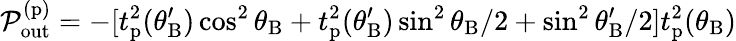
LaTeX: \mathcal{P}_{\mathrm{out}}^{(\mathrm{p})}=-[t_{\mathrm{p}}^{2}(\theta_{\mathrm{B}}^{\prime})\cos^{2}\theta_{\mathrm{B}}+t_{\mathrm{p}}^{2}(\theta_{\mathrm{B}}^{\prime})\sin^{2}\theta_{\mathrm{B}}/2+\sin^{2}\theta_{\mathrm{B}}^{\prime}/2]t_{\mathrm{p}}^{2}(\theta_{\mathrm{B}})